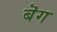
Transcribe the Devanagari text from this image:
बॆग